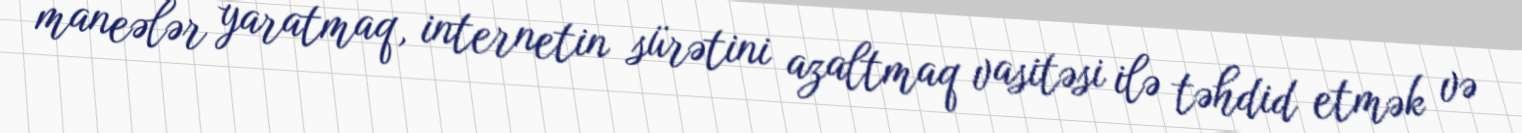
maneələr yaratmaq, internetin sürətini azaltmaq vasitəsi ilə təhdid etmək və